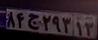
۸۴ج۲۹۳۱۳